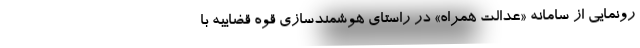
رونمایی از سامانه «عدالت همراه» در راستای هوشمندسازی قوه قضاییه با